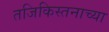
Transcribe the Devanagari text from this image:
तजिकिस्तनाच्या